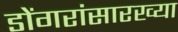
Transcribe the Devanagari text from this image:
डोंगरांसारख्या